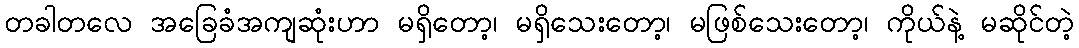
တခါတလေ အခြေခံအကျဆုံးဟာ မရှိတော့၊ မရှိသေးတော့၊ မဖြစ်သေးတော့၊ ကိုယ်နဲ့ မဆိုင်တဲ့